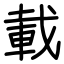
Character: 載